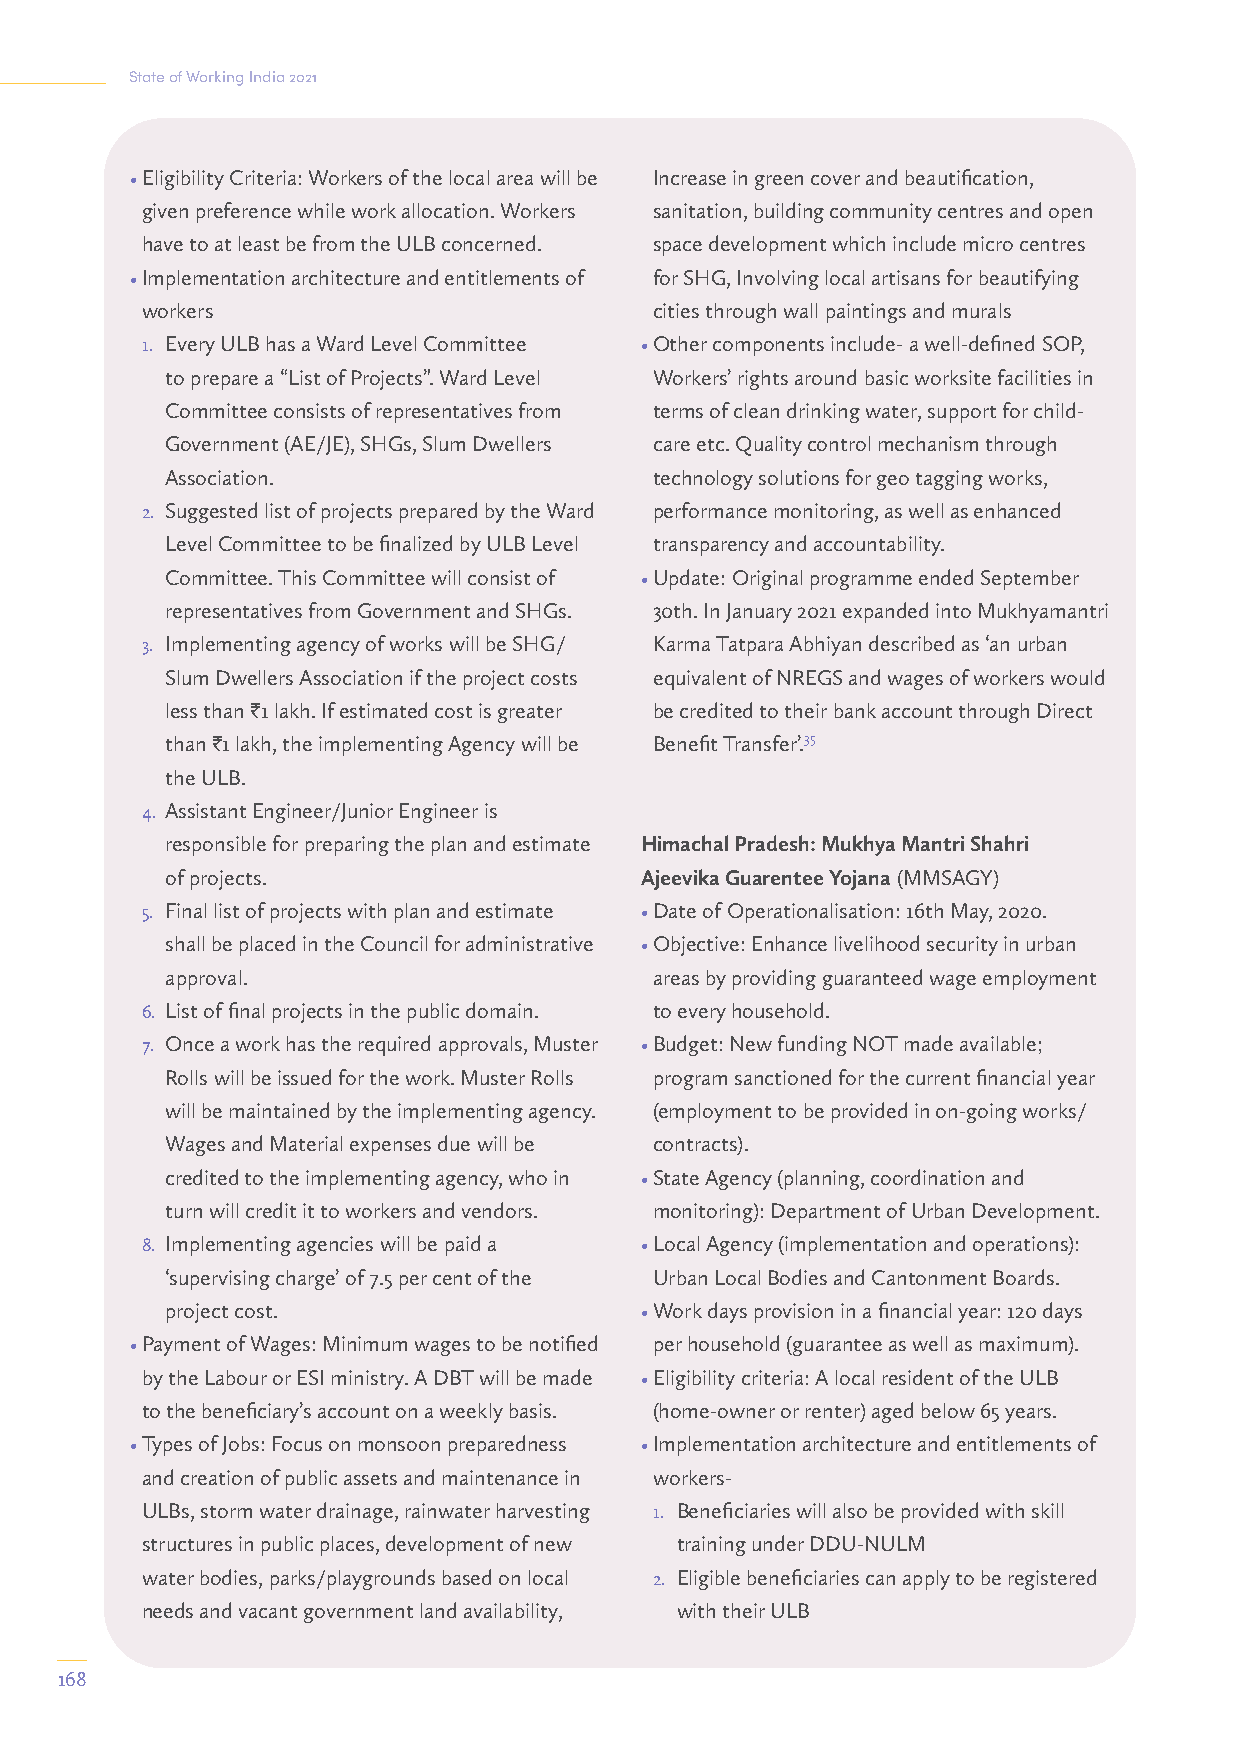
State of Working India 2021
 • Eligibility Criteria: Workers of the local area will be Increase in green cover and beautification,
 given preference while work allocation. Workers sanitation, building community centres and open
 have to at least be from the ULB concerned. space development which include micro centres
 • Implementation architecture and entitlements of for SHG, Involving local artisans for beautifying
 workers                           cities through wall paintings and murals
 1. Every ULB has a Ward Level Committee • Other components include- a well-defined SOP,
 to prepare a “List of Projects”. Ward Level Workers’ rights around basic worksite facilities in
 Committee consists of representatives from terms of clean drinking water, support for child-
 Government (AE/JE), SHGs, Slum Dwellers care etc. Quality control mechanism through
 Association.                    technology solutions for geo tagging works,
 2. Suggested list of projects prepared by the Ward performance monitoring, as well as enhanced
 Level Committee to be finalized by ULB Level transparency and accountability.
 Committee. This Committee will consist of • Update: Original programme ended September
 representatives from Government and SHGs. 30th. In January 2021 expanded into Mukhyamantri
 3. Implementing agency of works will be SHG/ Karma Tatpara Abhiyan described as ‘an urban
 Slum Dwellers Association if the project costs equivalent of NREGS and wages of workers would
 less than I1 lakh. If estimated cost is greater be credited to their bank account through Direct
 than I1 lakh, the implementing Agency will be Benefit Transfer’.35
 the ULB.
 4. Assistant Engineer/Junior Engineer is
 responsible for preparing the plan and estimate Himachal Pradesh: Mukhya Mantri Shahri
 of projects.                   Ajeevika Guarentee Yojana (MMSAGY)
 5. Final list of projects with plan and estimate • Date of Operationalisation: 16th May, 2020.
 shall be placed in the Council for administrative • Objective: Enhance livelihood security in urban
 approval.                       areas by providing guaranteed wage employment
 6. List of final projects in the public domain. to every household.
 7. Once a work has the required approvals, Muster • Budget: New funding NOT made available;
 Rolls will be issued for the work. Muster Rolls program sanctioned for the current financial year
 will be maintained by the implementing agency. (employment to be provided in on-going works/
 Wages and Material expenses due will be contracts).
 credited to the implementing agency, who in • State Agency (planning, coordination and
 turn will credit it to workers and vendors. monitoring): Department of Urban Development.
 8. Implementing agencies will be paid a • Local Agency (implementation and operations):
 ‘supervising charge’ of 7.5 per cent of the Urban Local Bodies and Cantonment Boards.
 project cost.                  • Work days provision in a financial year: 120 days
 • Payment of Wages: Minimum wages to be notified per household (guarantee as well as maximum).
 by the Labour or ESI ministry. A DBT will be made • Eligibility criteria: A local resident of the ULB
 to the beneficiary’s account on a weekly basis. (home-owner or renter) aged below 65 years.
 • Types of Jobs: Focus on monsoon preparedness • Implementation architecture and entitlements of
 and creation of public assets and maintenance in workers-
 ULBs, storm water drainage, rainwater harvesting 1. Beneficiaries will also be provided with skill
 structures in public places, development of new training under DDU-NULM
 water bodies, parks/playgrounds based on local 2. Eligible beneficiaries can apply to be registered
 needs and vacant government land availability, with their ULB
 168